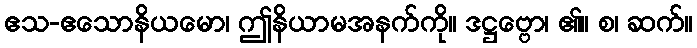
ဧသ-ဧသောနိယမော၊ ဤနိယာမအနက်ကို။ ဒဋ္ဌဗ္ဗော၊ ၏။ စ၊ ဆက်။